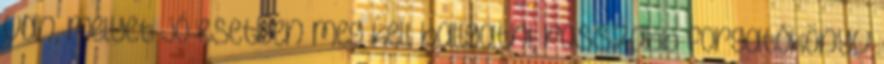
van, melyet jó esetben meg kell hallgatni, rosszabb forgatókönyv